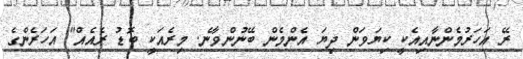
ރޭ އަހަރުމެންނާއިއެކީ ކިޔަވަން ދިޔަ އެންމެން ބޭނުންވާނެ. މިރެއަކީ ބޮޑު ރެއެއް" އަހަރެންގެ